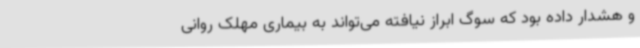
و هشدار داده بود که سوگ ابراز نیافته می‌تواند به بیماری مهلک روانی